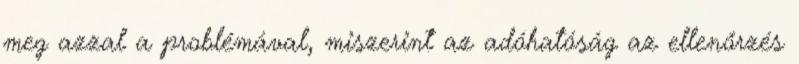
meg azzal a problémával, miszerint az adóhatóság az ellenőrzés